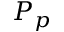
P _ { p }